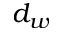
d _ { w }